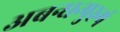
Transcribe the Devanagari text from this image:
अबन्धन्पुरुषं